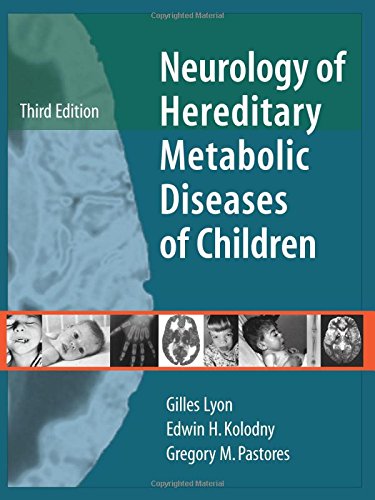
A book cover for Neurology of Hereditary Metabolic Disease of Children; Gilles Lyon; Medical Books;